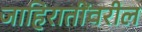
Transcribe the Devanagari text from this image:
जाहिरातींवरील